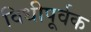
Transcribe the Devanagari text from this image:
विधीपूर्वक